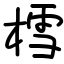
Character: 樰